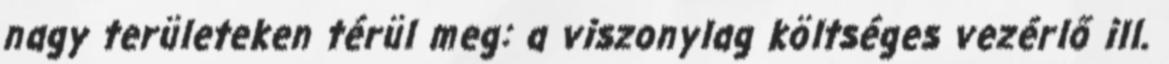
nagy területeken térül meg: a viszonylag költséges vezérlő ill.